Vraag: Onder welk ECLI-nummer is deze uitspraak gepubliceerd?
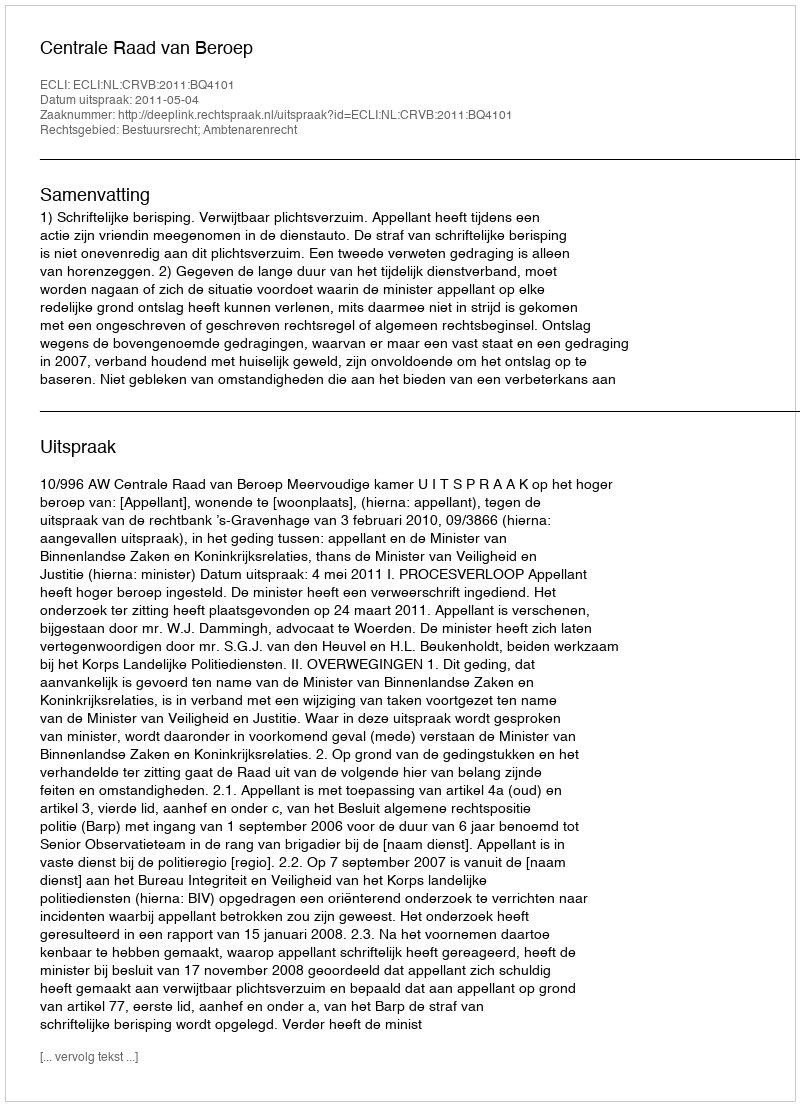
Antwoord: ECLI:NL:CRVB:2011:BQ4101